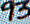
93